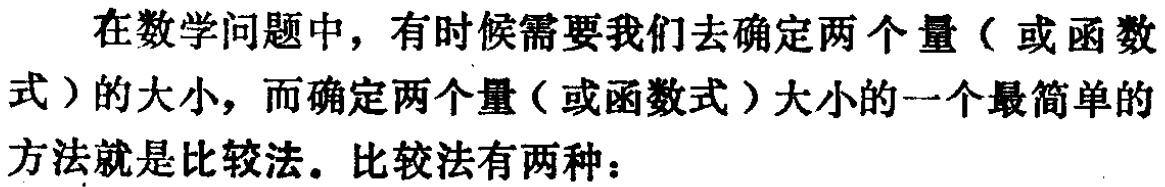
在数学问题中，有时候需要我们去确定两个量（或函数
式）的大小，而确定两个量（或函数式）大小的一个最简单的
方法就是比较法。比较法有两种：